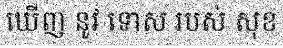
ឃើញ នូវ ទោស របស់ សុខ